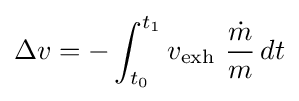
\Delta {v}=-\int _{t_{0}}^{t_{1}}{v_{\text{exh}}\ {\frac {\dot {m}}{m}}}\,dt